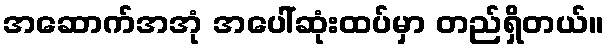
အဆောက်အအုံ အပေါ်ဆုံးထပ်မှာ တည်ရှိတယ်။